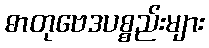
ဓာတုဗေဒပစ္စည်းများ